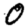
Digit: 0